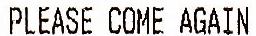
PLEASE COME AGAIN